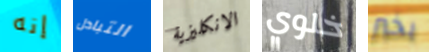
إنه التبادل الانكليزية خلوي بخير